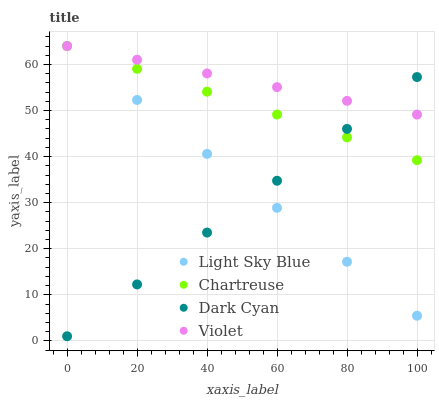
| xaxis_label | Light Sky Blue | Chartreuse | Dark Cyan | Violet |
 | --- | --- | --- | --- | --- |
 | 0 | 64 | 64 | 1 | 64 |
 | 20 | 52.3 | 59 | 12.3 | 61 |
 | 40 | 40.6 | 54.1 | 23.5 | 58 |
 | 60 | 28.9 | 49.1 | 34.8 | 55.1 |
 | 80 | 17.2 | 44.2 | 46 | 52.1 |
 | 100 | 5.46 | 39.2 | 57.3 | 49.1 |